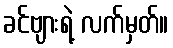
ခင်ဗျားရဲ့ လက်မှတ်။